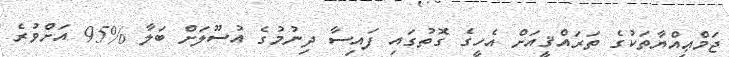
ޖަމްޢިއްޔާތަކުގެ ތަރައްޤީއަށް އެހީގެ ގޮތުގައި ފައިސާ ދިނުމުގެ އުސޫލަށް ބަލާ %95 އަށްވުރެ